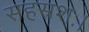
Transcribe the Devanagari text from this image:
सहस्रशः।